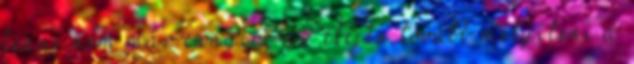
lenne nem már ennyire az elején tovább mélyíteni a